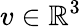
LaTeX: v\in\mathbb{R}^{3}